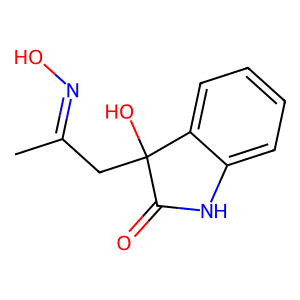
SMILES: CC(CC1(O)C(=O)Nc2ccccc21)=NO
Inhibits HIV replication: No